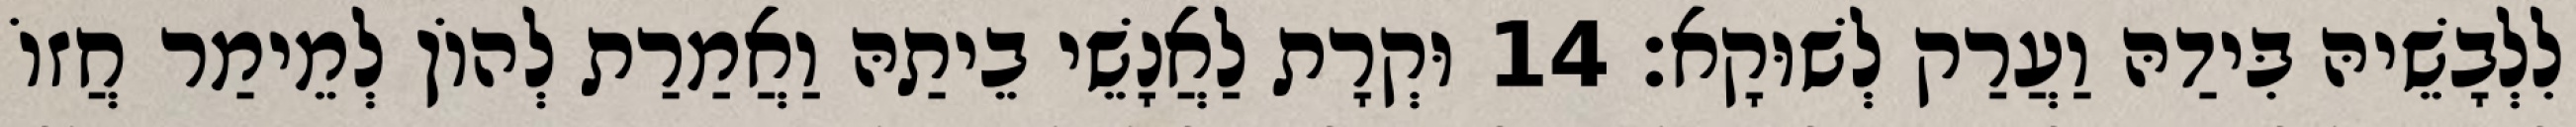
לִלְבָשֵׁיהּ בִּידַהּ וַעֲרַק לְשׁוּקָא׃ 14 וּקְרָת לַאֲנָשֵׁי בֵיתַהּ וַאֲמַרַת לְהוֹן לְמֵימַר חֲזוֹ